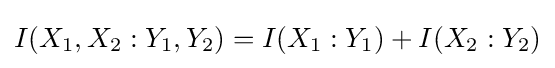
I(X_{1},X_{2}:Y_{1},Y_{2})=I(X_{1}:Y_{1})+I(X_{2}:Y_{2})